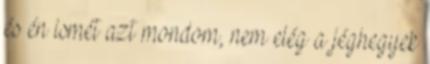
és én ismét azt mondom, nem elég a jéghegyek